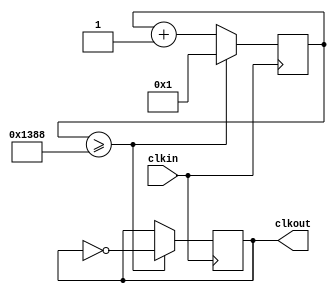
// clk_div10000.v

module clk_div10000(
                     clkin,     //
                     clkout     //
                    );

input clkin;

output clkout;

reg    clkout;
reg    [13:0] count;


always @ (posedge clkin)
   begin
                   if(count >= 5000)
                         begin
                               count <= 1;
                               clkout <= ~clkout;
                         end        
                   else
                         begin
                               count <= count+1;
                         end
   end

endmodule